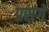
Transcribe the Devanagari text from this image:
प्रसंगे